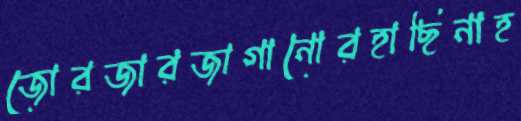
জোরজারজাগানোরহাছিনাহ